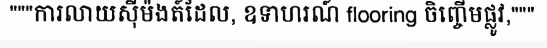
"""ការលាយស៊ីម៉ងត៍ដែល, ឧទាហរណ៍ flooring ចិញ្ចើមផ្លូវ,"""